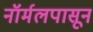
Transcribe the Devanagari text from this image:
नॉर्मलपासून